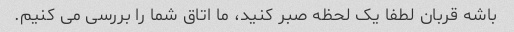
باشه قربان لطفا یک لحظه صبر کنید، ما اتاق شما را بررسی می کنیم.